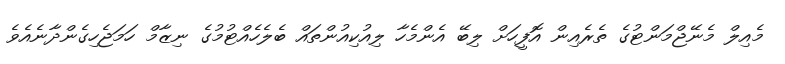
މެއިލް މެނޭޖްމަންޓުގެ ތެރެއިން އޮފީހަށް ލިބޭ އެންމެހާ ލިއުކިއުންތައް ބެލެހެއްޓުމުގެ ނިޒާމް ހަމަޖެހިގެންދާނެއެވެ